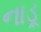
નાડૂ